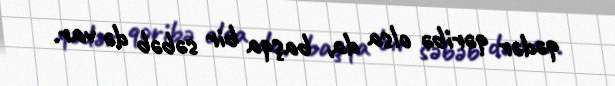
qədər qəribə olsa da, başqa bir səbəb də var.